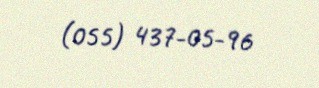
(055) 437-05-96